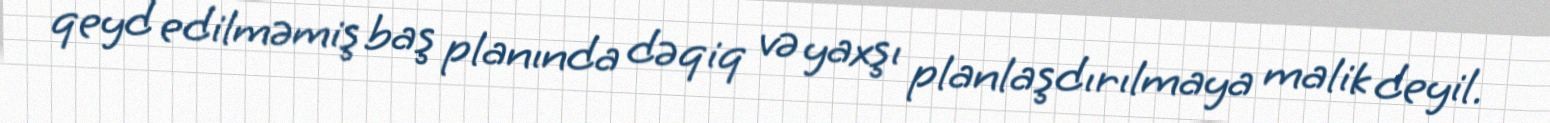
qeyd edilməmiş baş planında dəqiq və yaxşı planlaşdırılmaya malik deyil.